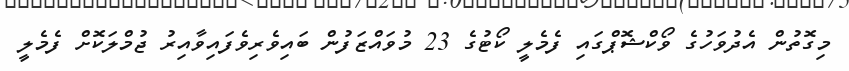
މިގޮތުން އެދުވަހުގެ ވޯކްޝޮޕްގައި ފެމެލީ ކޯޓުގެ 23 މުވައްޒަފުން ބައިވެރިވެފައިވާއިރު ޖުމްލަކޮށް ފެމެލީ